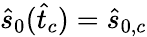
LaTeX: \hat{s}_{0}(\hat{t}_{c})=\hat{s}_{0,c}